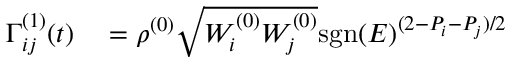
\begin{array} { r l } { \Gamma _ { i j } ^ { ( 1 ) } ( t ) } & { { } = \rho ^ { ( 0 ) } \sqrt { W _ { i } ^ { ( 0 ) } W _ { j } ^ { ( 0 ) } } \mathrm { s g n } ( E ) ^ { ( 2 - P _ { i } - P _ { j } ) / 2 } } \end{array}